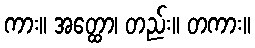
ကား။ အတ္ထော၊ တည်း။ တကား။